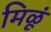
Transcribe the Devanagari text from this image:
मिळूं